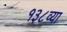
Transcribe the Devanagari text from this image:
१३८व्या